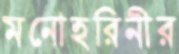
মনোহরিনীর